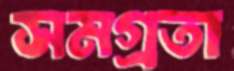
সমগ্রতা